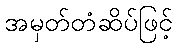
အမှတ်တံဆိပ်ဖြင့်